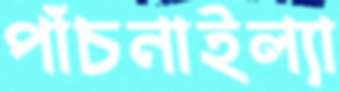
পাঁচনাইল্যা